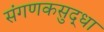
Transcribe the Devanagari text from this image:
संगणकसुद्धा